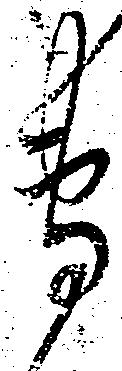
専